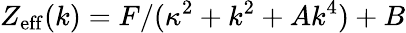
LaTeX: Z_{\mathrm{eff}}(k)=F/({\kappa^{2}+k^{2}+Ak^{4}})+B